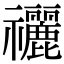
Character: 𥜰